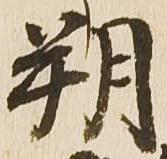
朔